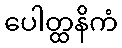
ပေါတ္ထနိကံ